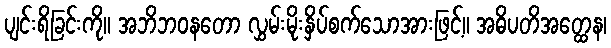
ပျင်းရိခြင်းကို။ အဘိဘဝနတော လွှမ်းမိုးနှိပ်စက်သောအားဖြင့်။ အဓိပတိအတ္ထေန၊